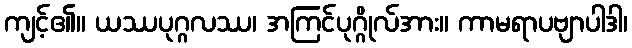
ကျင့်၏။ ယဿပုဂ္ဂလဿ၊ အကြင်ပုဂ္ဂိုလ်အား။ ကာမရာပဗျာပါဒါ၊